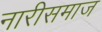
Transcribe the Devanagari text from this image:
नारीसमाज